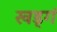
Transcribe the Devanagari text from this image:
खड्गं